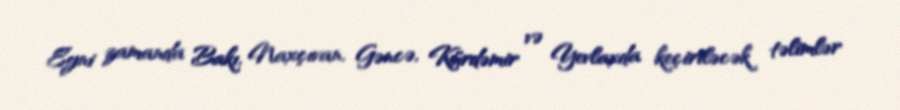
Eyni zamanda Bakı, Naxçıvan, Gəncə, Kürdəmir və Yevlaxda keçiriləcək təlimlər